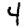
Digit: 4